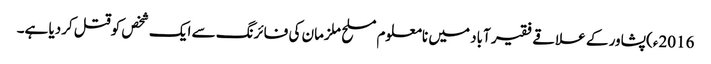
2016ء)پشاور کے علاقے فقیر آباد میں نامعلوم مسلح ملزمان کی فائرنگ سے ایک شخص کوقتل کردیا ہے۔